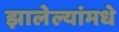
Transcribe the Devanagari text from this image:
झालेल्यांमधे